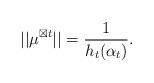
LaTeX: \begin{align*} || \mu^{\boxtimes t}||=\frac{1}{h_t(\alpha_t)}.\end{align*}